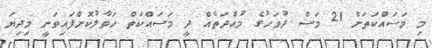
މި މަސައްކަތަށް 21 މަސް ދުވަހުގެ މުއްދަތެއް ދީ މަސައްކަތް ހަވާލުކޮށްފައިވަނީ މިދިޔަ